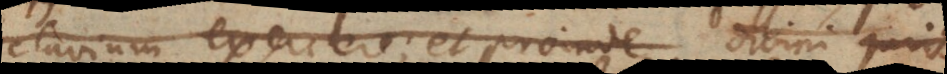
clavium exercere; et proinde divini juris